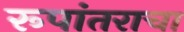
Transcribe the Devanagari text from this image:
रूपांतराचा